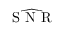
\widehat { \mathrm { ~ S ~ N ~ R ~ } }